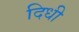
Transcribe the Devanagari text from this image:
दिधी